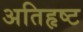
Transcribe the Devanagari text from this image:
अतिहृष्ट